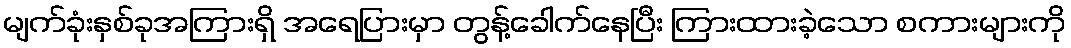
မျက်ခုံးနှစ်ခုအကြားရှိ အရေပြားမှာ တွန့်ခေါက်နေပြီး ကြားထားခဲ့သော စကားများကို